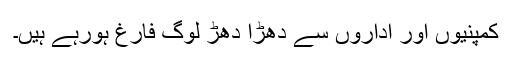
کمپنیوں اور اداروں سے دھڑا دھڑ لوگ فارغ ہورہے ہیں۔